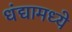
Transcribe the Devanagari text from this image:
धंद्यामध्ये